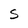
Character: S